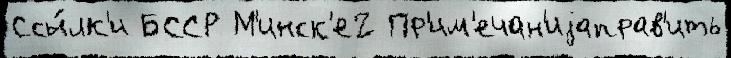
Ссы́лк'и БССР М'инск'е2 Пр'им'ечан'иjаправ'ить